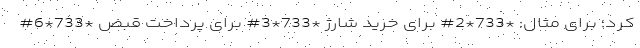
کرد؛ برای مثال: *733*2# برای خرید شارژ *733*3# برای پرداخت قبض *733*6#